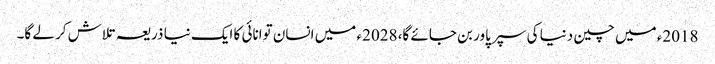
2018ء میں چین دنیا کی سپر پاور بن جائے گا، 2028ء میں انسان توانائی کا ایک نیا ذریعہ تلاش کر لے گا۔